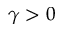
\gamma > 0